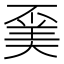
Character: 𠁍